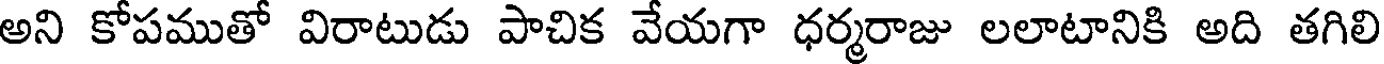
అని కోపముతో విరాటుడు పాచిక వేయగా ధర్మరాజు లలాటానికి అది తగిలి